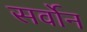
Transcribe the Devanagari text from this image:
सर्वोन